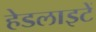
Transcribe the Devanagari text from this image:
हेडलाइटें